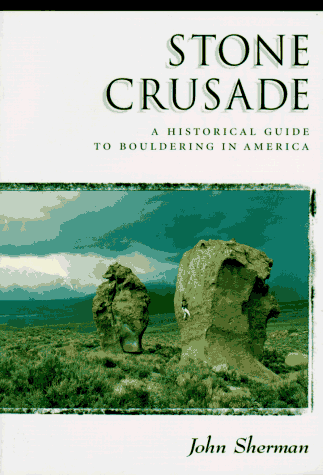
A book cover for Stone Crusade: A Historical Guide to Bouldering in America (The American Alpine Book Series); John Sherman; Sports & Outdoors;